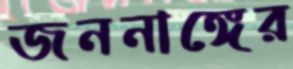
জননাঙ্গের